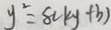
y ^ { 2 } = 8 ( k y + b )